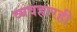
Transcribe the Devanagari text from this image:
व्यवहारही